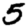
Digit: 5